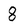
Character: 8